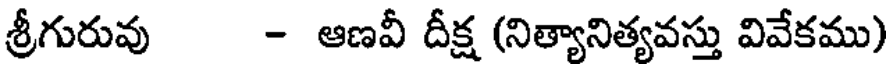
శ్రీగురువు - ఆణవీ దీక్ష (నిత్యానిత్యవస్తు వివేకము)